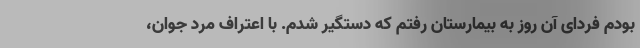
بودم فردای آن روز به بیمارستان رفتم که دستگیر شدم. با اعتراف مرد جوان،